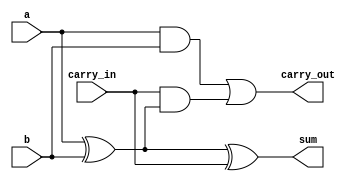
module full_adder (
    input wire a, 
    input wire b,
    input wire carry_in, 
    output reg sum, 
    output reg carry_out
);

always @* begin
    sum = a ^ b ^ carry_in;
    carry_out = (a & b) | (carry_in & (a ^ b));
end

endmodule